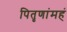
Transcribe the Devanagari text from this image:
पितृणांमहं